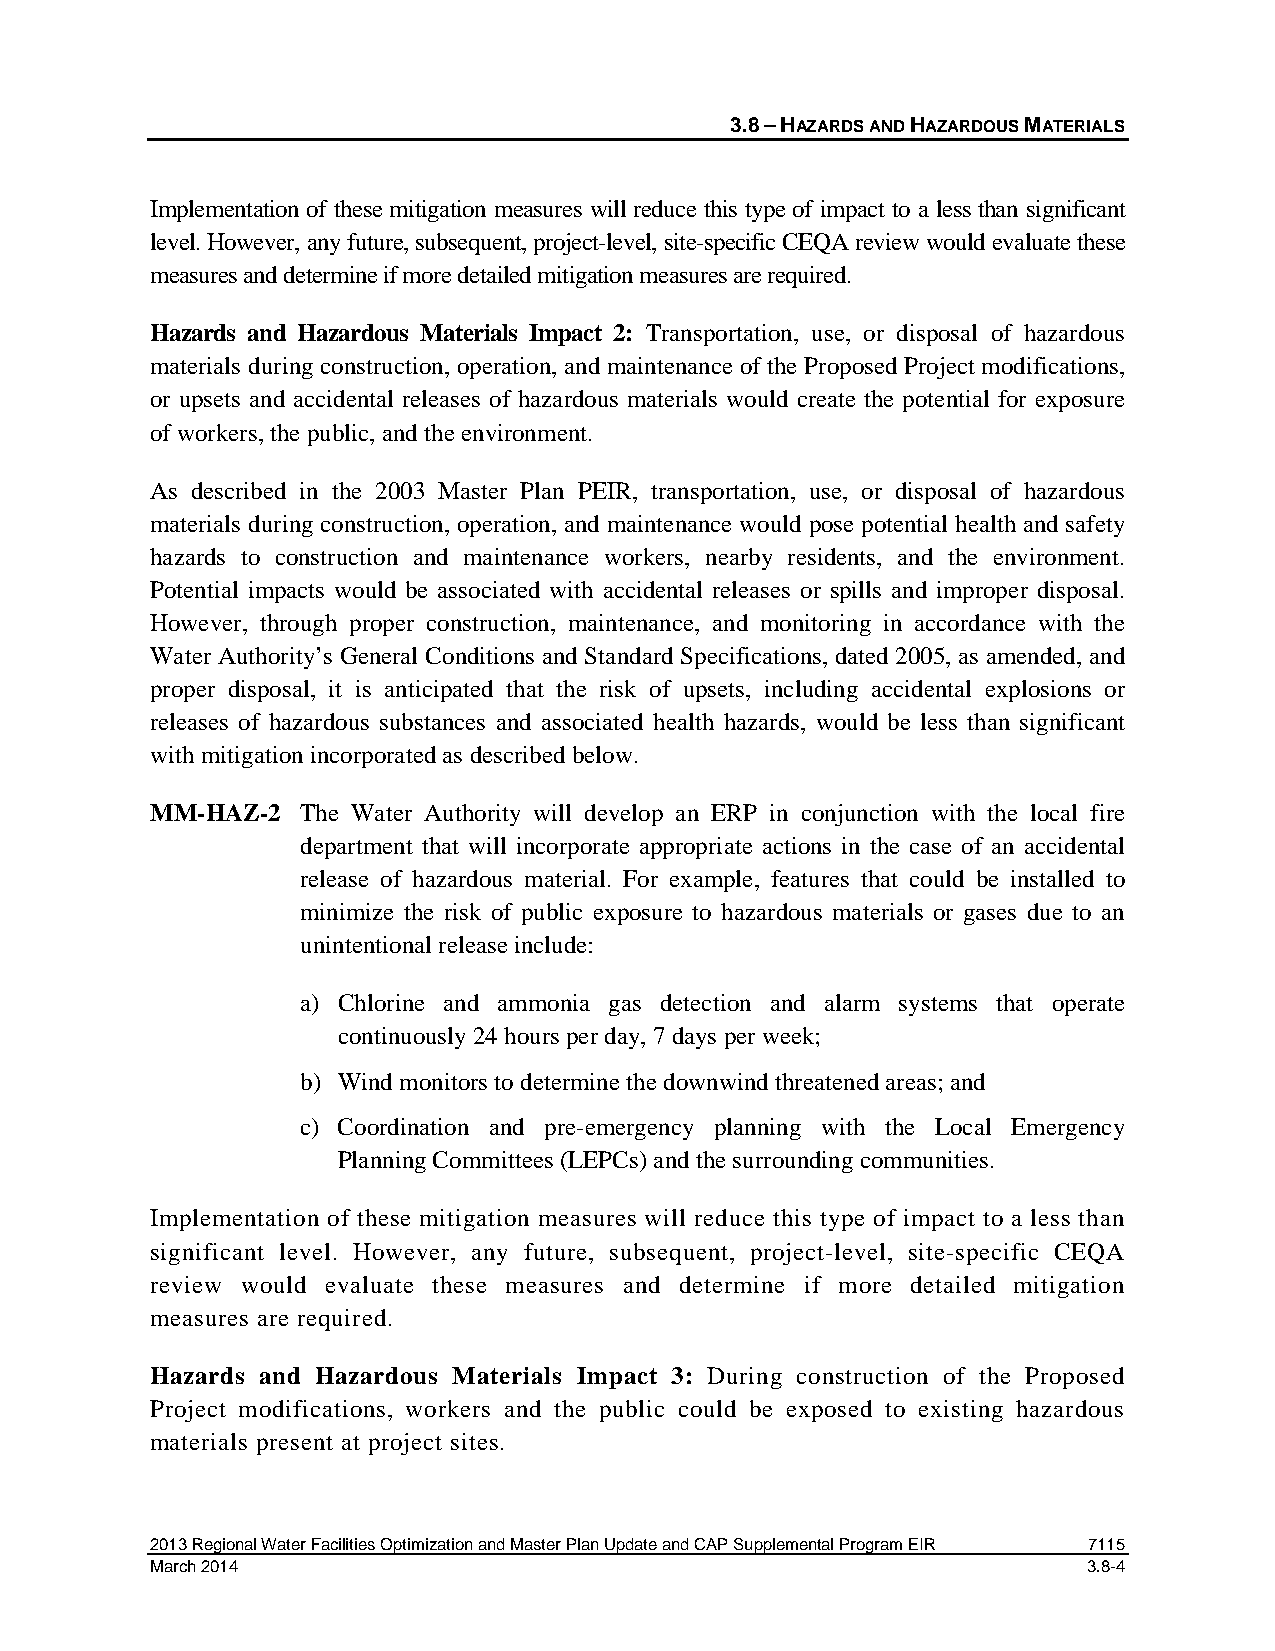
3.8 – HAZARDS AND HAZARDOUS MATERIALS
 Implementation of these mitigation measures will reduce this type of impact to a less than significant
 level. However, any future, subsequent, project-level, site-specific CEQA review would evaluate these
 measures and determine if more detailed mitigation measures are required.
 Hazards and Hazardous Materials Impact 2: Transportation, use, or disposal of hazardous
 materials during construction, operation, and maintenance of the Proposed Project modifications,
 or upsets and accidental releases of hazardous materials would create the potential for exposure
 of workers, the public, and the environment.
 As described in the 2003 Master Plan PEIR, transportation, use, or disposal of hazardous
 materials during construction, operation, and maintenance would pose potential health and safety
 hazards to construction and maintenance workers, nearby residents, and the environment.
 Potential impacts would be associated with accidental releases or spills and improper disposal.
 However, through proper construction, maintenance, and monitoring in accordance with the
 Water Authority’s General Conditions and Standard Specifications, dated 2005, as amended, and
 proper disposal, it is anticipated that the risk of upsets, including accidental explosions or
 releases of hazardous substances and associated health hazards, would be less than significant
 with mitigation incorporated as described below.
 MM-HAZ-2  The Water Authority will develop an ERP in conjunction with the local fire
 department that will incorporate appropriate actions in the case of an accidental
 release of hazardous material. For example, features that could be installed to
 minimize the risk of public exposure to hazardous materials or gases due to an
 unintentional release include:
 a) Chlorine and ammonia gas detection and alarm systems that operate
 continuously 24 hours per day, 7 days per week;
 b) Wind monitors to determine the downwind threatened areas; and
 c) Coordination and pre-emergency planning with the Local Emergency
 Planning Committees (LEPCs) and the surrounding communities.
 Implementation of these mitigation measures will reduce this type of impact to a less than
 significant level. However, any future, subsequent, project-level, site-specific CEQA
 review would evaluate these measures and determine if more detailed mitigation
 measures are required.
 Hazards and Hazardous Materials Impact 3: During construction of the Proposed
 Project modifications, workers and the public could be exposed to existing hazardous
 materials present at project sites.
 2013 Regional Water Facilities Optimization and Master Plan Update and CAP Supplemental Program EIR 7115
 March 2014                                                    3.8-4